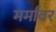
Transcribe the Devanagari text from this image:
मर्मांवर